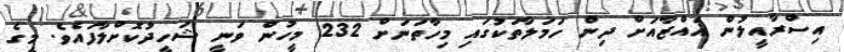
އިސްރާއީލުން ޣައްޒާއަށް ދިން ހަމަލާތަކުގައި މިހާތަނަށް 232 މީހުން ވަނީ ޝަހީދުކޮށްލާފައެވެ. މީގެ